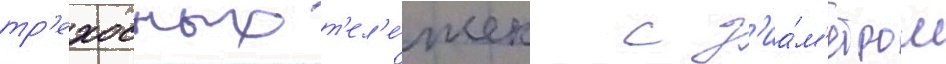
тр'ехосных т'ел'е́жек с д'иа́м'етром